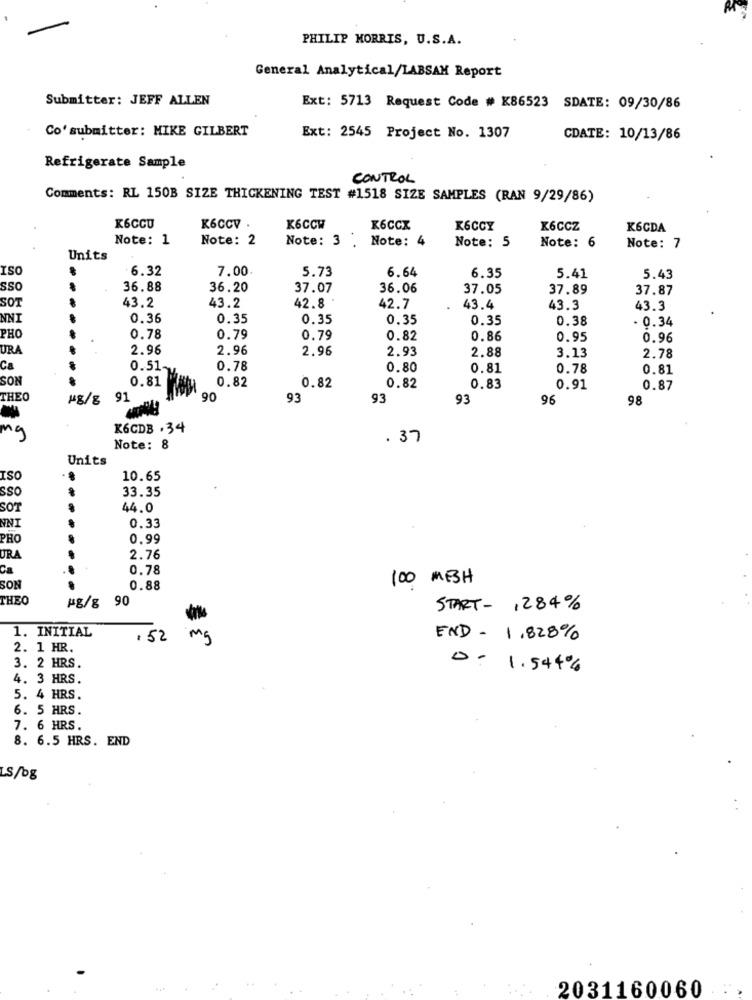
PHILIP MORRIS, U.S.A.
General Analytical/LABSAM Report
Submitter: JEFF ALLEN
Ext: 5713 Request Code # K86523 SDATE: 09/30/86
Co' submitter: MIKE GILBERT
Ext: 2545 Project No. 1307
CDATE: 10/13/86
Refrigerate Sample
CONTROL
Comments: RL 150B SIZE THICKENING TEST #1518 SIZE SAMPLES (RAN 9/29/86)
K6CCU
K6CCV .
K6CCW
K6CCX
K6CCY
K6CCZ
K6CDA
Note: 1
Note: 2
Note: 3 .
Note: 4
Note: 6
Note: 5
Note: 7
Units
ISO
6.32
7.00
5.73
6.64
6.35
5.41
5.43
SSO
--
36.88
36.20
37.07
36.06
37.05
37.89
37.87
SOT
43.2
43.2
42.8
42.7
43.4
43.3
43.3
NNI
0.36
0.35
0.35
0.35
0.35
0.38
- 0.34
PHO
0.78
0.79
0.79
0.82
0.86
0.95
0.96
URA
2.96
2.96
2.96
2.93
2.88
3.13
2.78
Ca
0.51-
0.78
0.80
0.81
0.78
0.81
SON
0.81
0.82
0.82
0.82
0.83
0.91
0.87
THEO
91
90
93
93
93
96
98
K6CDB . 34
19
. 37
Note: 8
Units
ISO
10.65
sso
33.35
SOT
44.0
NNI
0.33
PHO
0.99
URA
2.76
Ca
0.78
100 MESH
SON
0.88
THEO
#8/8 90
START- 1284%
1. INITIAL
.52
mg
END - 1,828%
2. 1 HR.
3. 2 HRS.
D. 1.5440%
4. 3 HRS.
5. 4 HRS.
6. 5 HRS.
7. 6 HRS.
8. 6.5 HRS. END
LS/bg
. .
2031160060